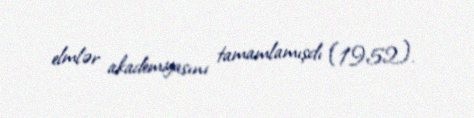
elmlər akademiyasını tamamlamışdı (1952).